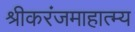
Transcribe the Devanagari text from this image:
श्रीकरंजमाहात्म्य